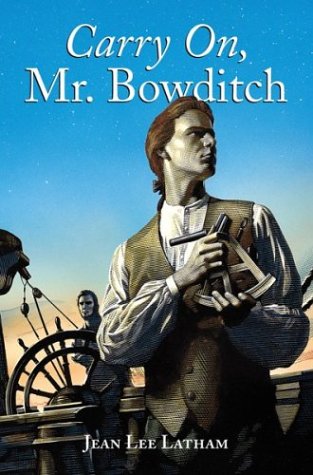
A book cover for Carry On, Mr. Bowditch; Jean Lee Latham; Teen & Young Adult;